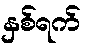
နှစ်ရက်